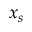
x _ { s }